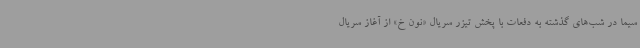
سیما در شب‌های گذشته به دفعات با پخش تیزر سریال «نون خ» از آغاز سریال